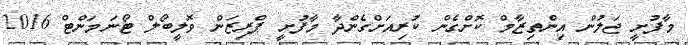
މާފުށީ ޖަލުން އިންތިޒާމް ކޮށްގެން ކުރިއަށްގެންދާ މާފުށީ ޕްރިޒަން ވޮލީބޯލް ޓޯނަމަންޓް 2016